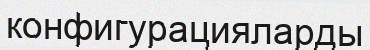
конфигурацияларды